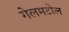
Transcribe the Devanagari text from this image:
गेलमटोल